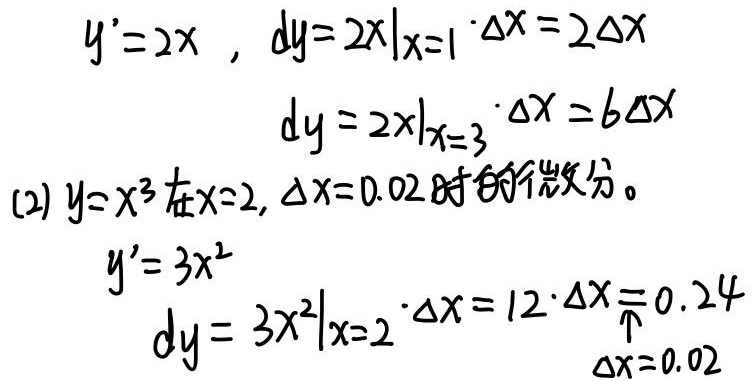
\[
\begin{align*}
y'&=2x,\ dy = \left.2x\right|_{x = 1}\cdot\Delta x=2\Delta x\\
dy&=\left.2x\right|_{x = 3}\cdot\Delta x = 6\Delta x\\
\end{align*}
\]
(2) \(y = x^{3}\)在\(x = 2,\ \Delta x=0.02\)时的微分。
\[
\begin{align*}
y'&=3x^{2}\\
dy&=\left.3x^{2}\right|_{x = 2}\cdot\Delta x=12\cdot\Delta x\underset{\Delta x = 0.02}{=}0.24
\end{align*}
\]